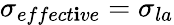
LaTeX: \sigma_{effect\mathbf{i}ve}=\sigma_{la}